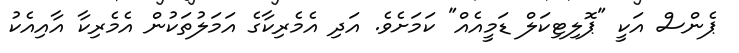
ޕެންސް އަކީ "ޕޮލިޓިކަލް ޑަމީއެއް" ކަމަށެވެ. އަދި އެމެރިކާގެ އަމަލުތަކުން އެމެރިކާ އާއިއެކު